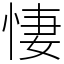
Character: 悽